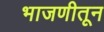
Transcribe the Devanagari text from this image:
भाजणीतून